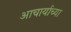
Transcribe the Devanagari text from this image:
आचार्याच्या